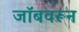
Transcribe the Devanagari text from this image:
जॉबवरून